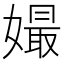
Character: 𡡔